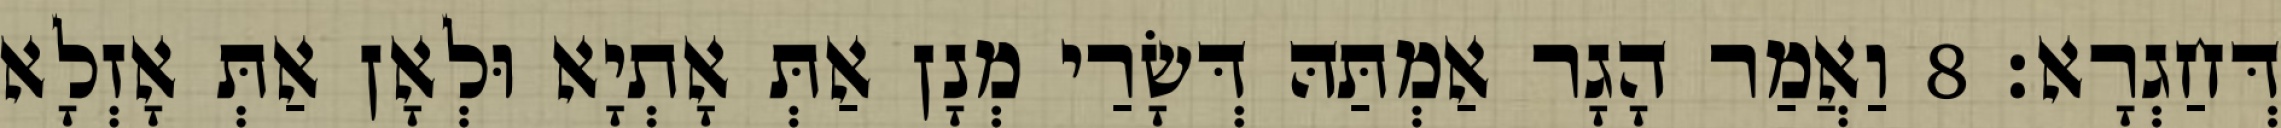
דְּחַגְרָא׃ 8 וַאֲמַר הָגָר אַמְתַּהּ דְּשָׂרַי מְנָן אַתְּ אָתְיָא וּלְאָן אַתְּ אָזְלָא